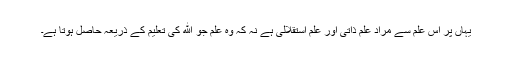
یہاں پر اس علم سے مراد علم ذاتی اور علم استقلالی ہے نہ کہ وہ علم جو الله کی تعلیم کے ذریعہ حاصل ہوتا ہے۔